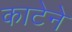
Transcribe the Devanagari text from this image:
काटेने